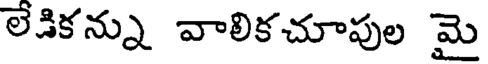
లేకికన్ను వాలికచూపుల మై